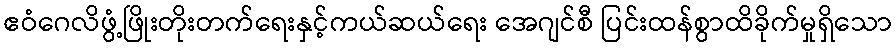
ဧဝံဂေလိဖွံ့ဖြိုးတိုးတက်ရေးနှင့်ကယ်ဆယ်ရေး အေဂျင်စီ ပြင်းထန်စွာထိခိုက်မှုရှိသော